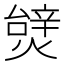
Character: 𱬖